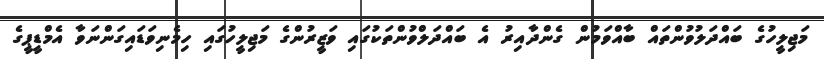
މަޖިލީހުގެ ބައްދަލުވުންތައް ބާއްވަމުން ގެންދާއިރު އެ ބައްދަލްވުންތަކުގައި ވަޒީރުންގެ މަޖިލީހުގައި ހިމެނިވަޑައިގަންނަވާ އެމްޑީޕީގެ